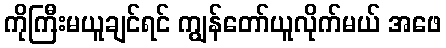
ကိုကြီးမယူချင်ရင် ကျွန်တော်ယူလိုက်မယ် အဖေ